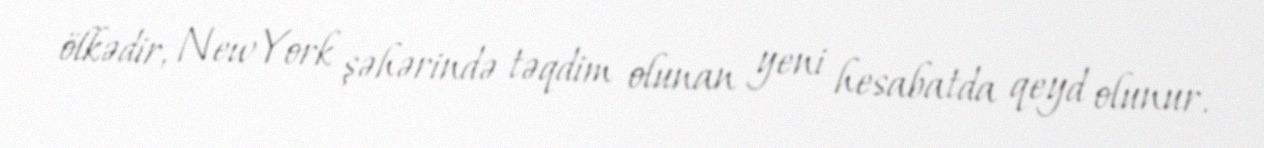
ölkədir, New York şəhərində təqdim olunan yeni hesabatda qeyd olunur.